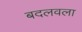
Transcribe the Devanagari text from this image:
बदलवला